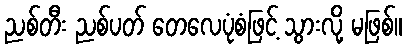
ညစ်တီး ညစ်ပတ် တေလေပုံစံဖြင့် သွားလို့ မဖြစ်။